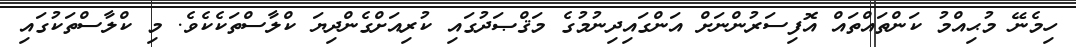
ހިމެނޭ މުޙިއްމު ކަންތައްތައް އޮފިސަރުންނަށް އަންގައިދިނުމުގެ މަޤްޞަދުގައި ކުރިއަށްގެންދިޔަ ކްލާސްތަކެކެވެ. މި ކްލާސްތަކުގައި